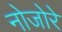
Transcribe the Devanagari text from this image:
नोजोरे